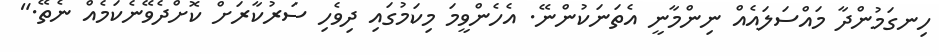
ހިނގަމުންދާ މައްސަލައެއް ނިންމާނީ އެތަނަކުންނޭ. އެހެންވީމަ މިކަމުގައި ދިވެހި ސަރުކާރަށް ކޮށްދެވޭނެކަމެއް ނެތޭ."